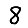
Digit: 8